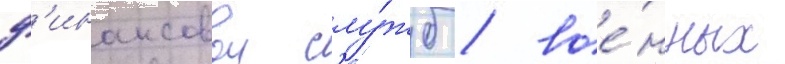
ф'инансовои слу́жб / вое́нных